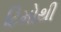
ટિમોથી